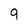
Character: 9